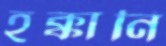
হক্কানি